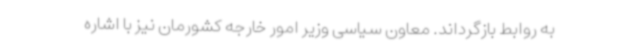
به روابط بازگرداند. معاون سیاسی وزیر امور خارجه کشورمان نیز با اشاره